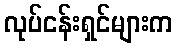
လုပ်ငန်းရှင်များက